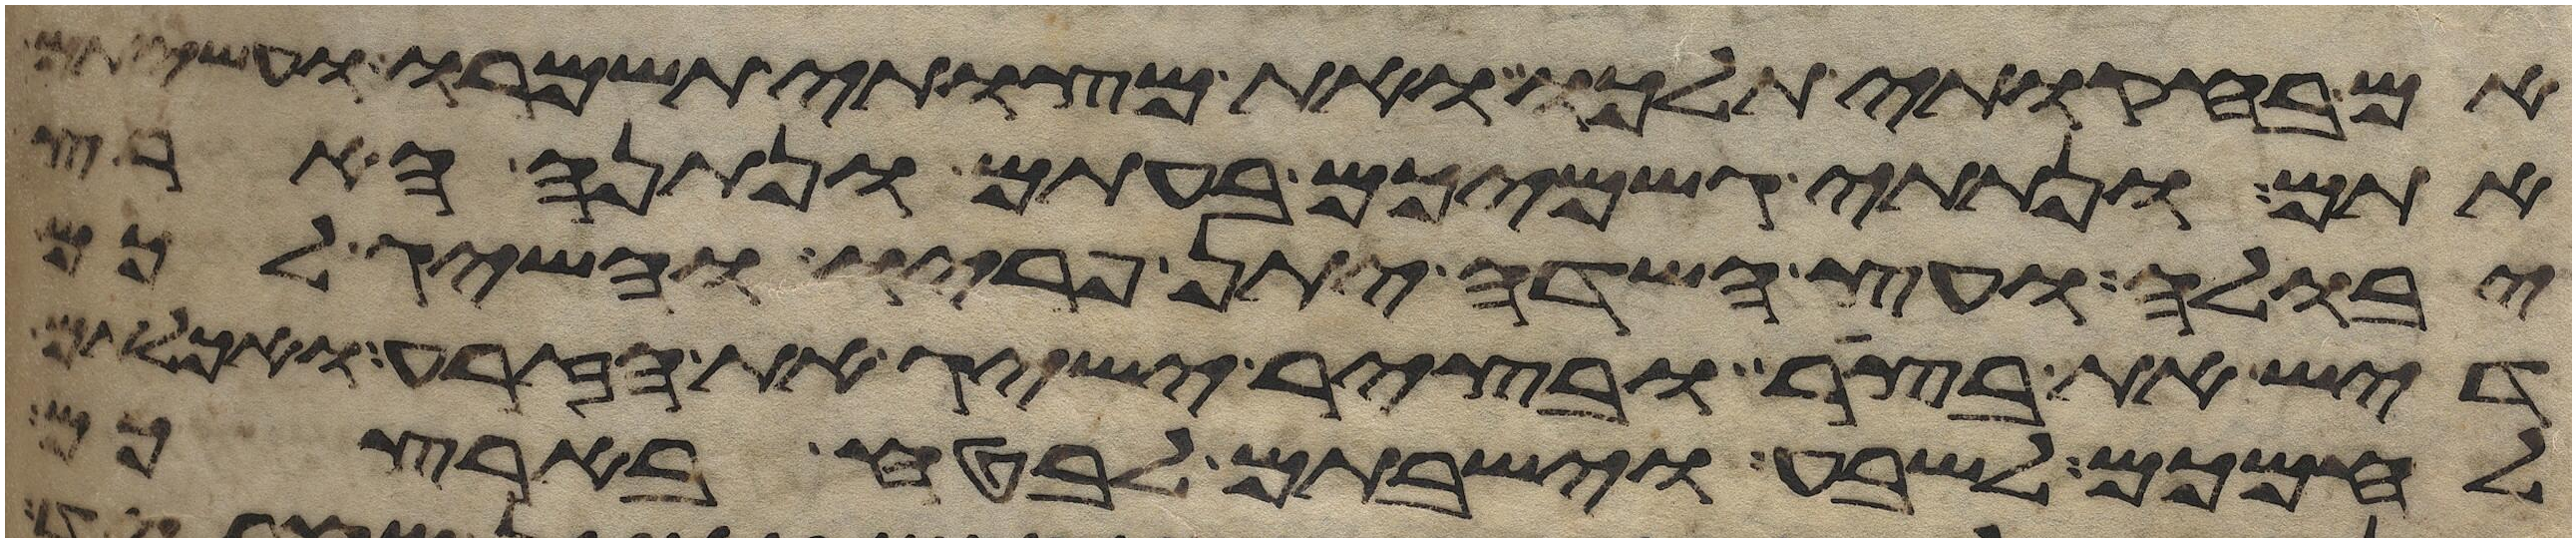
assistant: אם בחקותי תלכו ואת מצותי תשמרו ועשיתם
אתם ונתתי גשמיכם בעתם ונתנה הארץ
יבולה ועץ השדה יתן פריו והשיג לכם
דיש את בצר ובציר ישיג את הזרע ואכלתם
לחמכם לשבע וישבתם לבטח בארצכם